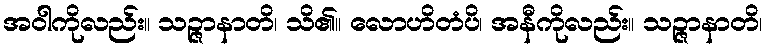
အဝါကိုလည်း။ သဉ္ဇာနာတိ၊ သိ၏။ လောဟိတံပိ၊ အနီကိုလည်း။ သဉ္ဇာနာတိ၊